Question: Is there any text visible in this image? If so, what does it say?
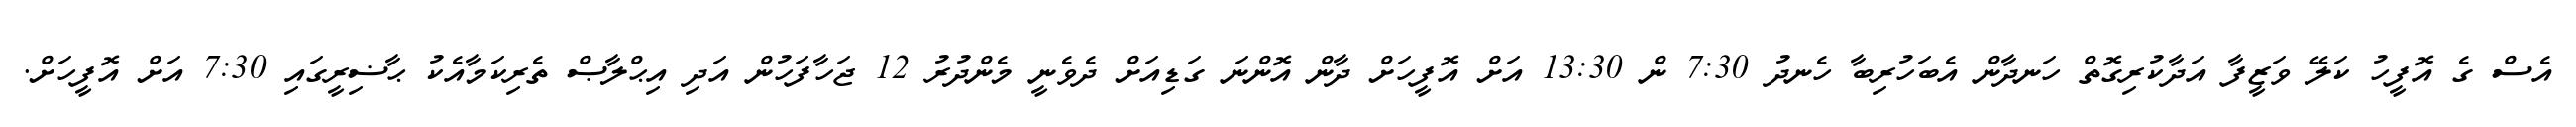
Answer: އެސް ގެ އޮފީހު ކަލޭ ވަޒީފާ އަދާކުރިގޮތް ހަނދާން އެބަހުރިބާ ހެނދު 7:30 ން 13:30 އަށް އޮފީހަށް ދާން އޮންނަ ގަޑިއަށް ދެވެނީ މެންދުރު 12 ޖަހާފަހުން އަދި އިޙްލާޞް ތެރިކަމާއެކު ޙާޟިރީގައި 7:30 އަށް އޮފީހަށް.